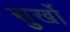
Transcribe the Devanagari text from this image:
सुर्खो